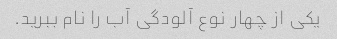
یکی از چهار نوع آلودگی آب را نام ببرید.